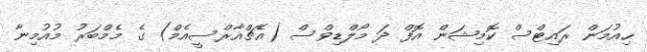
ހިއުމަން ރައިޓްސް ކޮމިޝަން އޮފް ދަ މޯލްޑިވްސް (އެޗްއާރްސީއެމް) ގެ މެމްބަރު މުއުމިނާ